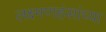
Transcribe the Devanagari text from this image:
लक्ष्मणहंसांच्या